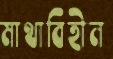
মাথাবিহীন